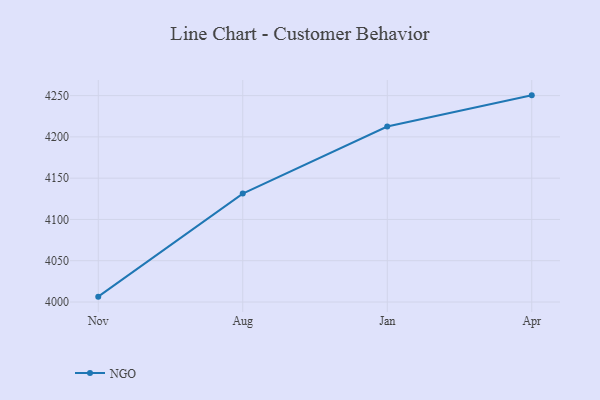
{"axis": {"x": "Month", "y": "Latency (ms)"}, "legend": ["NGO"], "data": [{"x": "Nov", "y": 4006.5, "type": "NGO"}, {"x": "Aug", "y": 4131.3, "type": "NGO"}, {"x": "Jan", "y": 4212.6, "type": "NGO"}, {"x": "Apr", "y": 4250.3, "type": "NGO"}]}